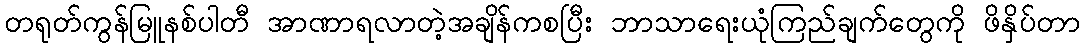
တရုတ်ကွန်မြူနစ်ပါတီ အာဏာရလာတဲ့အချိန်ကစပြီး ဘာသာရေးယုံကြည်ချက်တွေကို ဖိနှိပ်တာ